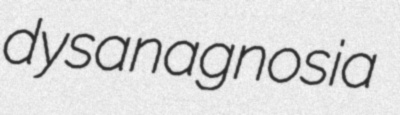
dysanagnosia